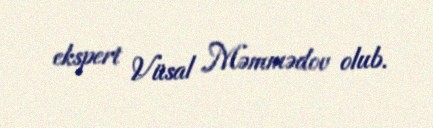
ekspert Vüsal Məmmədov olub.